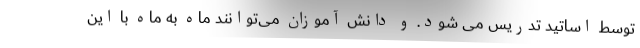
توسط اساتید تدریس می شود. و دانش آموزان می‌توانند ماه به ماه با این